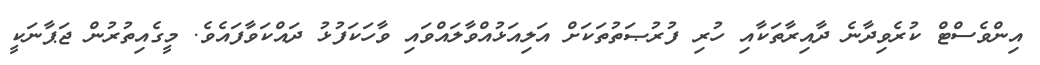
އިންވެސްޓް ކުރެވިދާނެ ދާއިރާތަކާއި ހުރި ފުރުޞަތުތަކަށް އަލިއަޅުއްވާލައްވައި ވާހަކަފުޅު ދައްކަވާފައެވެ. މީގެއިތުރުން ޖަޕާނަކީ